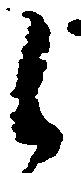
候